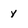
Character: y